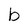
Character: b